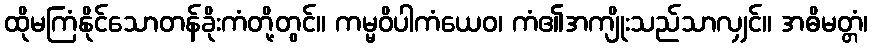
ထိုမကြံနိုင်သောတန်ခိုးကံတို့တွင်။ ကမ္မဝိပါကံယေဝ၊ ကံ၏အကျိုးသည်သာလျှင်။ အဓိမတ္တံ၊